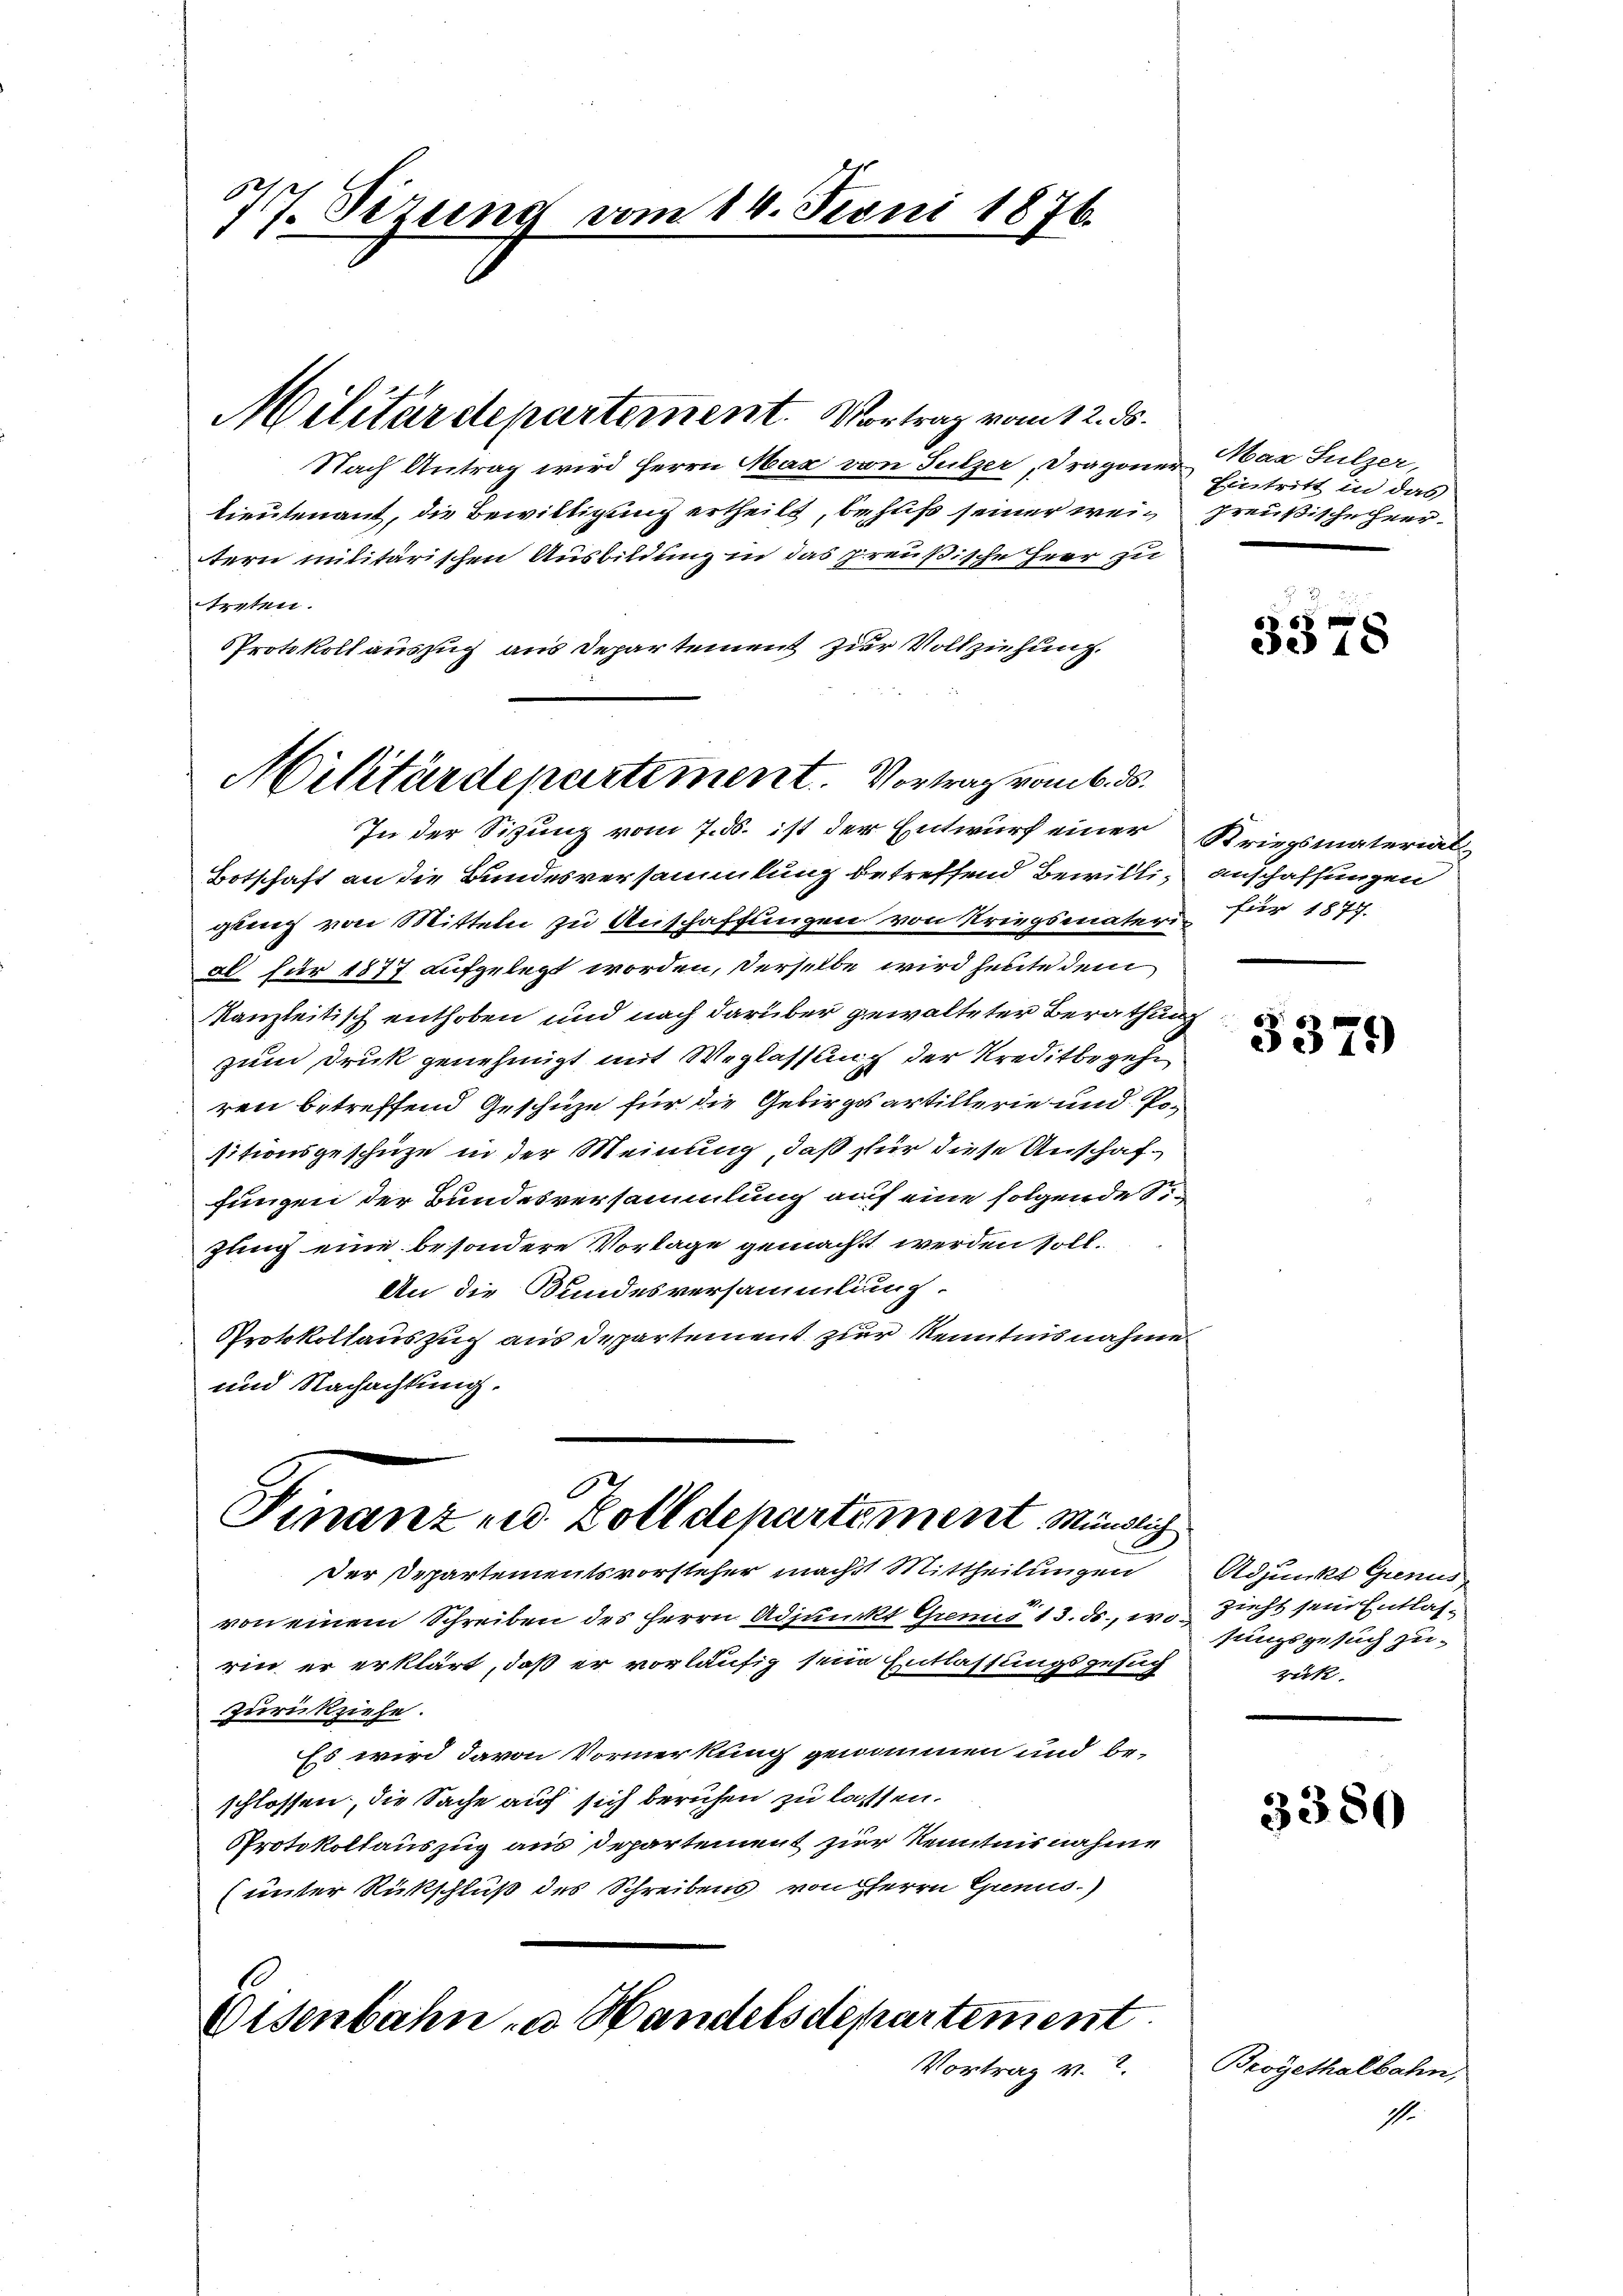
577. Sizung

Militärdepartement. Vortrag vom 12. ds.

Militärdepartement. Vortrag vom 6. ds.

vom 14. Juni 1876.

Nach Antrag wird Herrn Max von Sulzer, Dragoner
lieutenant, die Bewilligung ertheilt, behuf seiner weis preußische Heertern militärischen Ausbildung in das preußische Herr zu
Prpten.
PProtokoll auszug aus Departement zur Vollziehung.
In der Sitzung vom 7. B. ist der Entwurf einer
Botschaft an die Bundesversammlung betreffend Bewilligling von Mitteln zu Anschaffungen von Kriegsmater für 1877.
al für 1877 aufgelegt worden, derselbe wird heute dem
kanzleitisch enthoben und nach darüber gewalteter Berathung
zum Druk genehmigt mit Weglassung der Kreditbegehr
ren betreffend Geschüze für die Gebirgsartillerie und Positionsgeschütze in der Meinung, daß für diese Anschaffungen der Bundesversammlung auf eine folgende Sr.
zung eine besondere Vorlage gemacht werden soll.
An die Bundesversammlung.
Protokollauszug aus Departement zur Kenntnisnahme
und Nachachtung.

Finanzen Zolldepartement Mündlich

der Departementsvorsteher machst Mittheilungen
von einem Schreiben des Herrn Adjunct Gremis 13. ds., wo zieht sein Entlasrin er erklärt, daß er vorläufig sein Entlassungsgesuch
zurückziehe.
Es wird davon Vormerkung genommen und be-
schlossen, die Sache auf sich berufen zu lassen.
Protokollauszug aus Departement zur Kenntnisnahme
(unter Rückschluß des Schreibens von Herrn Genus.)

Eisenbahn u Handelsdepartement
Vortrag v. 7.

Mar Sulzer
Eintritt in das

3378

Kriegsmaterial
anschaffungen

3371)

Adjunkt Genus
sungsgesuch zu
rück.

3380

Brogethalbahn,